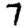
Digit: 7